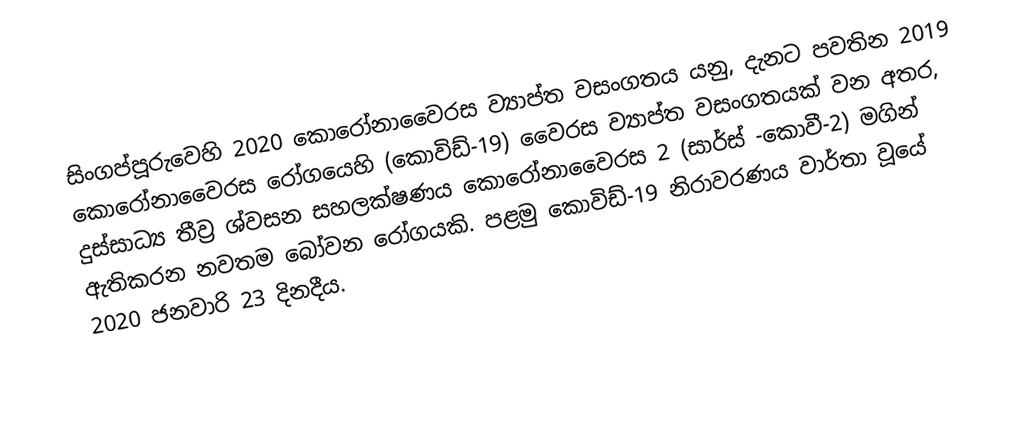
සිංගප්පූරුවෙහි 2020 කොරෝනාවෛරස ව්‍යාප්ත වසංගතය යනු, දැනට පවතින   2019 කොරෝනාවෛරස රෝගයෙහි (කොවිඩ්-19) වෛරස ව්‍යාප්ත වසංගතයක් වන අතර, දුස්සාධ්‍ය තීව්‍ර ශ්වසන සහලක්ෂණය කොරෝනාවෛරස 2 (සාර්ස් -කොවී-2) මගින් ඇතිකරන නවතම බෝවන රෝගයකි. පළමු  කොවිඩ්-19 නිරාවරණය වාර්තා වූයේ 2020 ජනවාරි 23 දිනදීය.